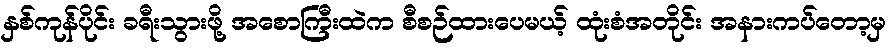
နှစ်ကုန်ပိုင်း ခရီးသွားဖို့ အစောကြီးထဲက စီစဉ်ထားပေမယ့် ထုံးစံအတိုင်း အနားကပ်တော့မှ